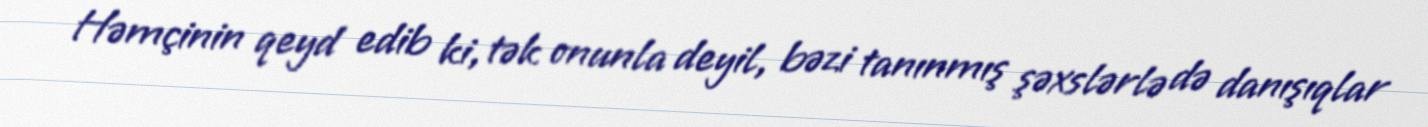
Həmçinin qeyd edib ki, tək onunla deyil, bəzi tanınmış şəxslərlə də danışıqlar